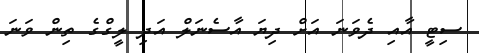
ސިޓީ އާއި ދެވަނަ އަށް ދިޔަ އާސެނަލް އަދި ލީގްގެ ތިން ވަނަ